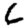
Digit: 6